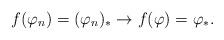
LaTeX: \begin{align*}f(\varphi_n)=(\varphi_n)_\ast\rightarrow f(\varphi)=\varphi_\ast.\end{align*}